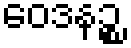
ဝေဒနဉ္စ